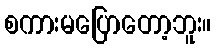
စကားမပြောတော့ဘူး။